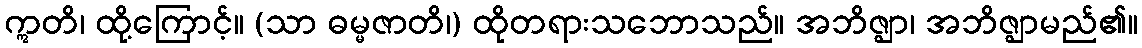
ဣတိ၊ ထို့ကြောင့်။ (သာ ဓမ္မဇာတိ၊) ထိုတရားသဘောသည်။ အဘိဇ္ဈာ၊ အဘိဇ္ဈာမည်၏။